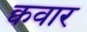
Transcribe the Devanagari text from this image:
क्ववार